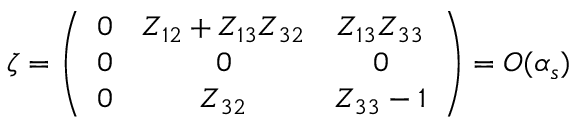
\zeta = \left( \begin{array} { c c c } { { 0 } } & { { Z _ { 1 2 } + Z _ { 1 3 } Z _ { 3 2 } } } & { { Z _ { 1 3 } Z _ { 3 3 } } } \\ { { 0 } } & { { 0 } } & { { 0 } } \\ { { 0 } } & { { Z _ { 3 2 } } } & { { Z _ { 3 3 } - 1 } } \end{array} \right) = { \cal O } ( \alpha _ { s } )